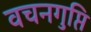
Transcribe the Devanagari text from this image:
वचनगुप्ति